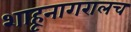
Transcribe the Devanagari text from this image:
शाहूनागरालच